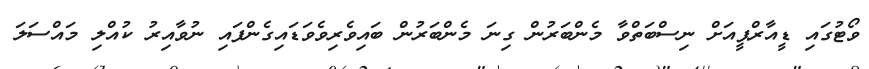
ވޯޓުގައި ޑީއާރްޕީއަށް ނިސްބަތްވާ މެންބަރުން ގިނަ މެންބަރުން ބައިވެރިވެވަޑައިގެންފައި ނުވާއިރު ކުއްލި މައްސަލަ